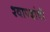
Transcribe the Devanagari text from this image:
श्वापदांची